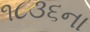
૧૮૩૬ના